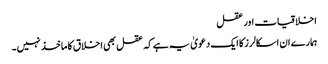
اخلاقیات اور عقل
ہمارے ان اسکالرز کا ایک دعویٰ یہ ہے کہ عقل بھی اخلاق کا ماخذ نہیں۔